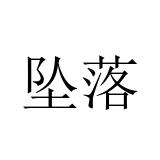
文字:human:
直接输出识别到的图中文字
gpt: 坠落